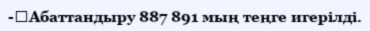
-	Абаттандыру 887 891 мың теңге игерілді.